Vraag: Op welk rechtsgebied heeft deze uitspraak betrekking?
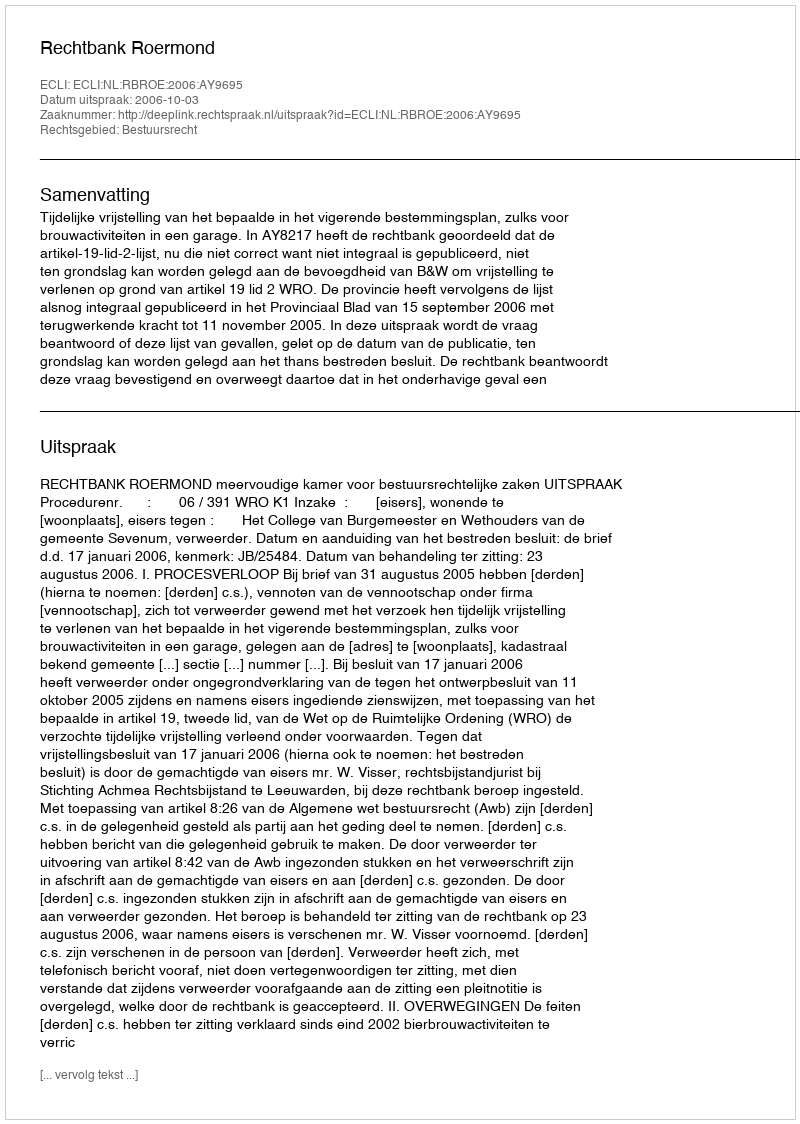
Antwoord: Bestuursrecht